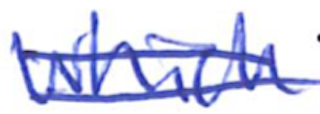
Text: which
Cross-out: double-line
Writing tool: ballpoint